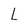
Character: L